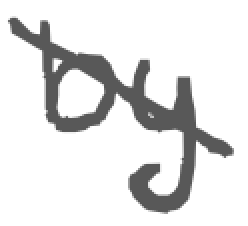
Text: by
Cross-out: mix
Writing tool: digital_gray